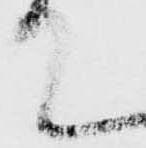
て